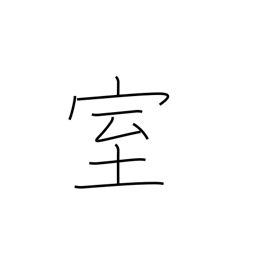
Meaning: apartment